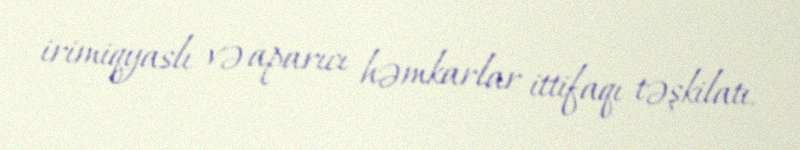
irimiqyaslı və aparıcı həmkarlar ittifaqı təşkilatı.